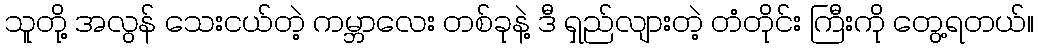
သူတို့ အလွန် သေးငယ်တဲ့ ကမ္ဘာလေး တစ်ခုနဲ့ ဒီ ရှည်လျားတဲ့ တံတိုင်း ကြီးကို တွေ့ရတယ်။